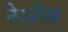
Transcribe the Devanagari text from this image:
नेऑस